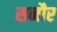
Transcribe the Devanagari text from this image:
सनौर